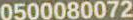
0500080072